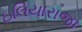
ઇલિયારાજા